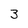
Character: 3